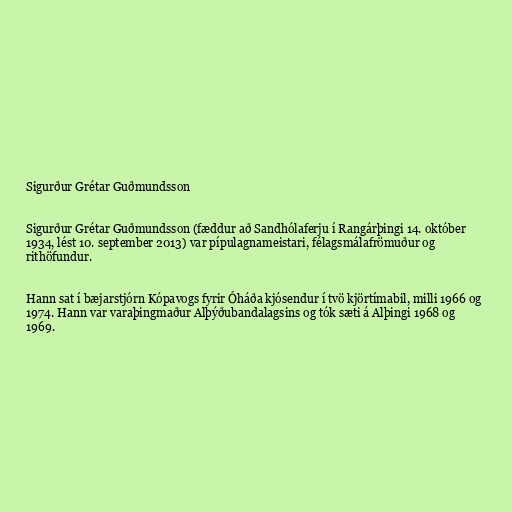
Sigurður Grétar Guðmundsson

Sigurður Grétar Guðmundsson (fæddur að Sand­hóla­ferju í Rangárþingi 14. októ­ber
1934, lést 10. september 2013) var pípulagnameistari, félagsmálafrömuður og
rithöfundur.

Hann sat í bæjarstjórn Kópavogs fyrir Óháða kjósendur í tvö kjörtímabil, milli 1966 og
1974. Hann var varaþingmaður Alþýðubandalagsins og tók sæti á Alþingi 1968 og
1969.